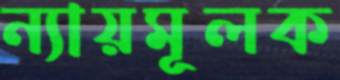
ন্যায়মূলক